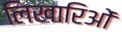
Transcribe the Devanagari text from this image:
लिखारिओं